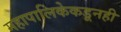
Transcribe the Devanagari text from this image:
महापालिकेकडूनही